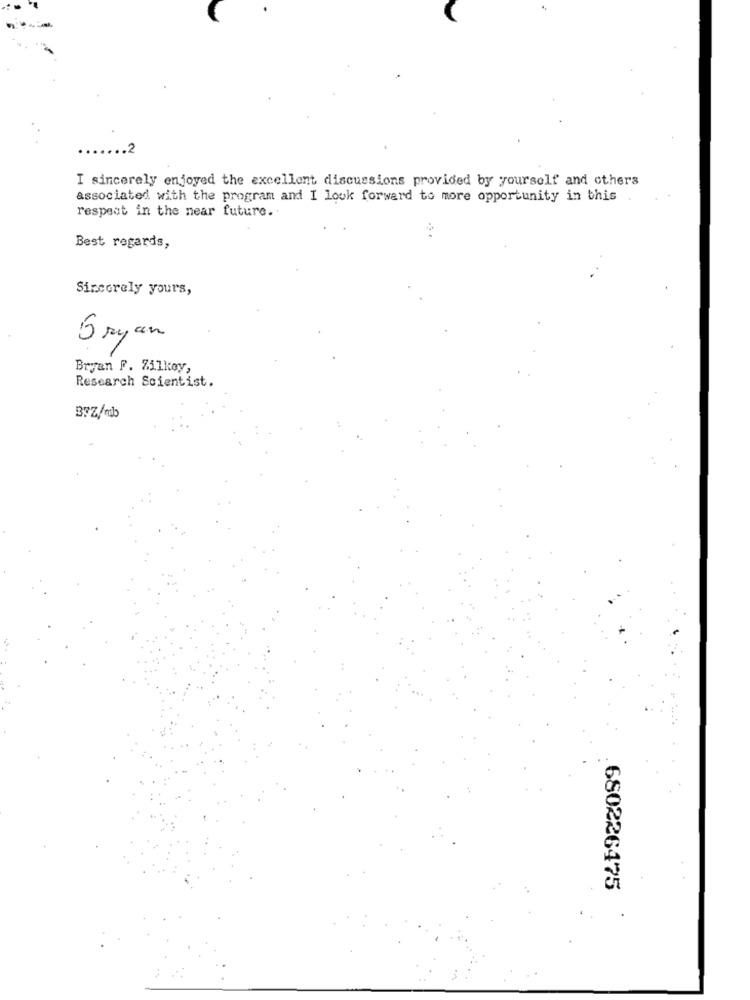
.2
I sincerely enjoyed the excellent discussions provided by yourself and others
associated with the program and I look forward to more opportunity in this .
respect in the near future ..
Best regards,
Sincerely yours,
5 ryan
Bryan F. Zilkoy,
Research Scientist.
39Z/mb
680226475